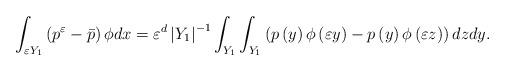
LaTeX: \begin{align*}\int_{\varepsilon Y_{1}}\left(p^{\varepsilon}-\bar{p}\right)\phi dx=\varepsilon^{d}\left|Y_{1}\right|^{-1}\int_{Y_{1}}\int_{Y_{1}}\left(p\left(y\right)\phi\left(\varepsilon y\right)-p\left(y\right)\phi\left(\varepsilon z\right)\right)dzdy.\end{align*}